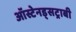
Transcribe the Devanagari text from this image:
ऑस्टेनड्सट्राबी